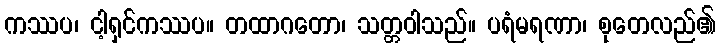
ကဿပ၊ ငါ့ရှင်ကဿပ။ တထာဂတော၊ သတ္တဝါသည်။ ပရံမရဏာ၊ စုတေလည်၏